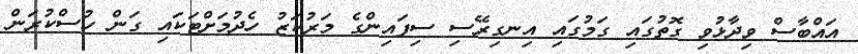
އައްބާސް ވިދާޅުވި ގޮތުގައި ގަމުގައި އިނގިރޭސި ސިފައިންގެ މަރުކަޒު ހެދުމަށްޓަކައި ގަން ހުސްކުރަން